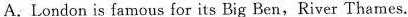
A. London is famous for its Big Ben,River Thames.